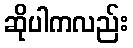
ဆိုပါကလည်း